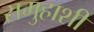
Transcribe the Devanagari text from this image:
समुहाशी